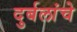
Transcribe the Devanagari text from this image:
दुर्बलांचे